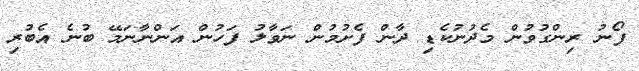
ފޯނު ރިންގުވުން މެދުނުކެޑި ދާން ފެށުމުން ނަވާލު ފަހުން އަންނާނަމޭ ބުނެ އެބުރި